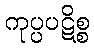
ကုပ္ပပဋိစ္စ